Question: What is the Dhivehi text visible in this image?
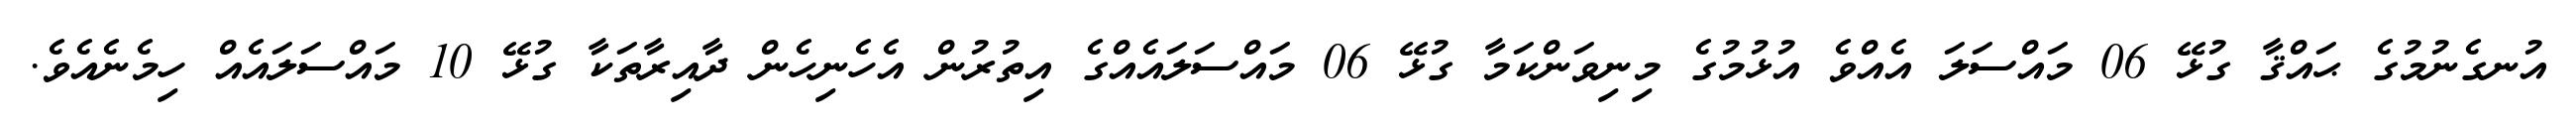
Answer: އުނގެނުމުގެ ޙައްޤާ ގުޅޭ 06 މައްސަލަ އެއްވެ އުޅުމުގެ މިނިވަންކަމާ ގުޅޭ 06 މައްސަލައެއްގެ އިތުރުން އެހެނިހެން ދާއިރާތަކާ ގުޅޭ 10 މައްސަލައެއް ހިމެނެއެވެ.